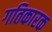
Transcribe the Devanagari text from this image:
गतिकारक